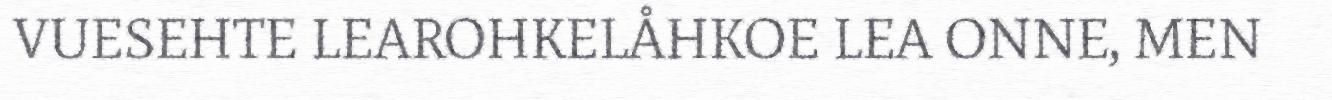
VUESEHTE LEAROHKELÅHKOE LEA ONNE, MEN